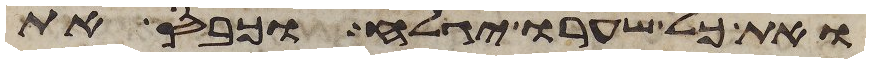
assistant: ואת כל שערו יגלח וכבס את